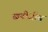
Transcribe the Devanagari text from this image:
खनीजीय